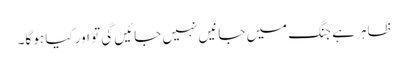
ظاہر ہے جنگ میں جانیں نہیں جائیں گی تو اور کیا ہو گا۔